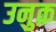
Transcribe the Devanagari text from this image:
उनुक़